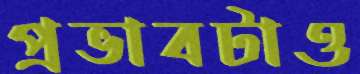
প্রভাবটাও